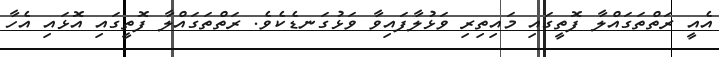
އެއީ ރަތްތަގައްލާ ފޮތީގައި މައިތިރި ވަޅުލާފައިވާ ވަޅުގަނޑެކެވެ. ރަތްތަގައްލާ ފޮތީގައި އޮޅައި އެހާ